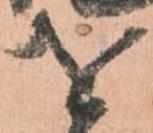
を